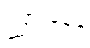
ကြားနေမဲ